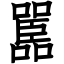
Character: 嚚